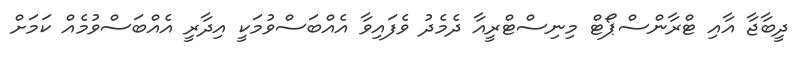
ދީބާޖާ އާއި ޓްރާންސްޕޯޓް މިނިސްޓްރީއާ ދެމެދު ވެފައިވާ އެއްބަސްވުމަކީ އިދާރީ އެއްބަސްވުމެއް ކަމަށް